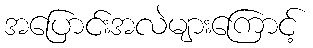
အပြောင်းအလဲများကြောင့်